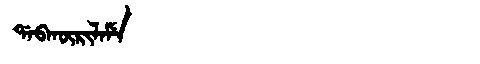
Manchu: ᡩᠠᠪᡴᡡᡵᡳᠯᠠᠮᡝ
Romanization: DABKŪRILAME